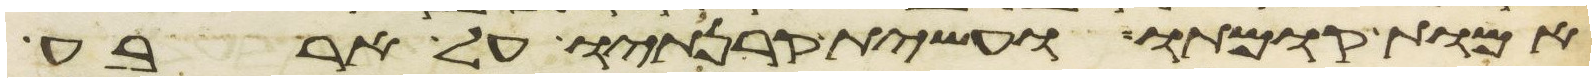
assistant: אמות קומתו ועשית קרנתיו על ארבע